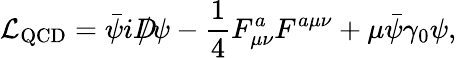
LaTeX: {\cal L}_{\mathrm{QCD}}=\bar{\psi}iD\! \! \! \! /\psi-{\frac{1}{4}}F_{\mu\nu}^{a}F^{a\mu\nu}+\mu\bar{\psi}\gamma_{0}\psi,